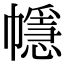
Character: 㡥